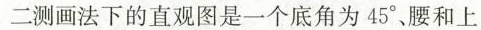
二测画法下的直观图是一个底角为45°、腰和上